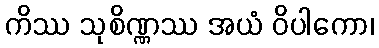
ကိဿ သုစိဏ္ဏဿ အယံ ဝိပါကော၊